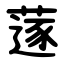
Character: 蓫